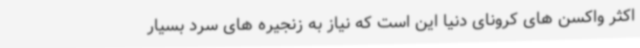
اکثر واکسن های کرونای دنیا این است که نیاز به زنجیره های سرد بسیار